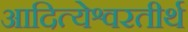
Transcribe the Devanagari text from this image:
आदित्येश्वरतीर्थ